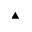
\blacktriangle